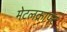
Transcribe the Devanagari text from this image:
मेटलक्राफ्ट